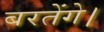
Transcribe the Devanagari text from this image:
बरतेंगे।